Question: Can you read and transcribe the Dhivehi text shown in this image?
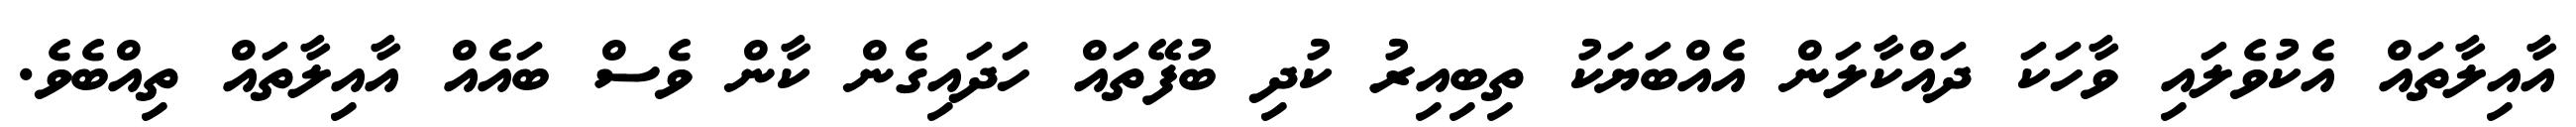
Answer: އާއިލާތައް އެކުވެލައި ވާހަކަ ދައްކާލަން އެއްބަޔަކު ތިބިއިރު ކުދި ބުފޭތައް ހަދައިގެން ކާން ވެސް ބައެއް އާއިލާތައް ތިއްބެވެ.